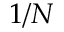
1 / N